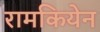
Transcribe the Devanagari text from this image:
रामकियेन